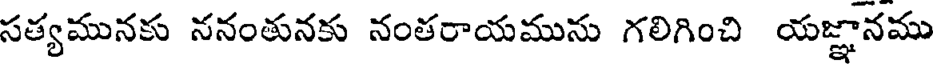
సత్యమునకు ననంతునకు నంతరాయమును గలిగించి యజ్ఞానము